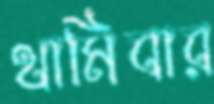
থামিবার